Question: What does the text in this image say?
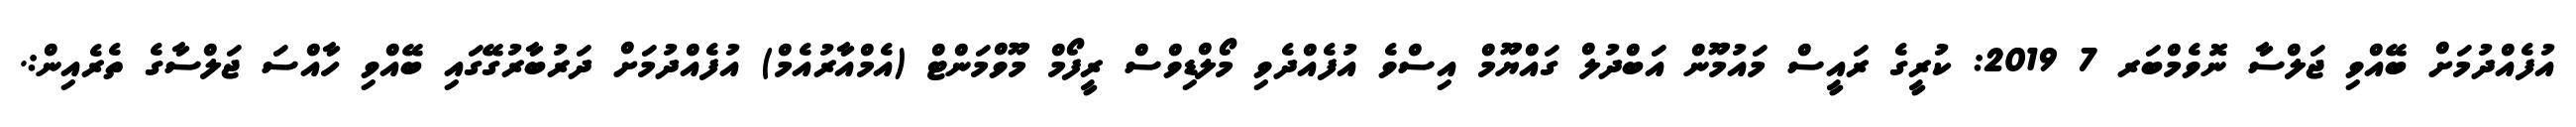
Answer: އުފެއްދުމަށް ބޭއްވި ޖަލްސާ ނޮވެމްބަރ 7 2019: ކުރީގެ ރައީސް މައުމޫން އަބްދުލް ގައްޔޫމް އިސްވެ އުފެއްދެވި މޯލްޑިވްސް ރީފޯމް މޫވްމަންޓް (އެމްއާރުއެމް) އުފެއްދުމަށް ދަރުބާރުގޭގައި ބޭއްވި ހާއްސަ ޖަލްސާގެ ތެރެއިން:.